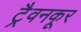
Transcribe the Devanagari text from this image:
ट्रैवनकूर